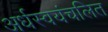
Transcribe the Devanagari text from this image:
अर्धस्वयंचलित